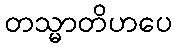
တသ္မာတိဟပေ